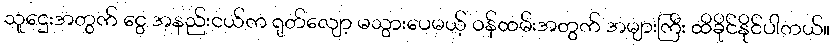
သူဌေးအတွက် ငွေ အနည်းငယ်က ရုတ်လျော့ မသွားပေမယ့် ဝန်ထမ်းအတွက် အများကြီး ထိခိုင်နိုင်ပါတယ်။